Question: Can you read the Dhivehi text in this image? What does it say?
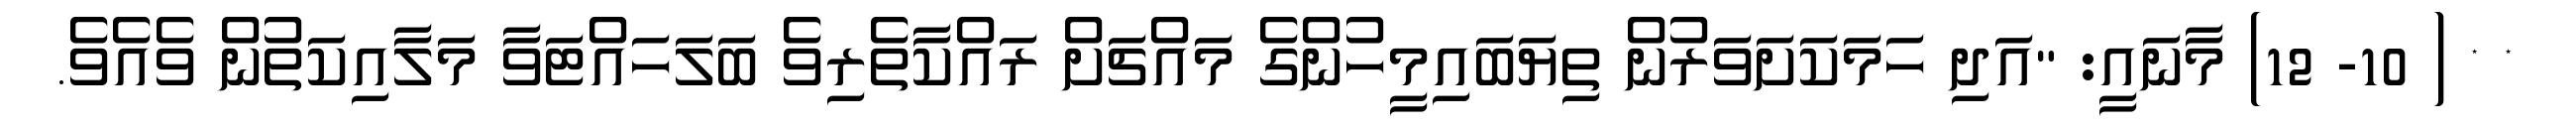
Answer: * * ( 10- 12) މާނައީ: "އަދި ހަމަކަށަވަރުން ތިޔަބައިމީހުންގެ މައްޗަށް ރައްކާތެރިވެ ބަލަހައްޓަވާ މަލާއިކަތުން ވެއެވެ.